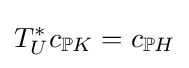
T_{U}^{*}c_{\mathbb {P} K}=c_{\mathbb {P} H}